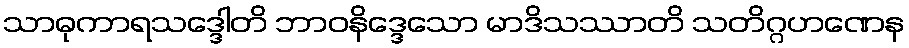
သာဓုကာရသဒ္ဒေါတိ ဘာဝနိဒ္ဒေသော မာဒိသဿာတိ သတိဂ္ဂဟဏေန